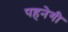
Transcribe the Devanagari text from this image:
पहनेगी